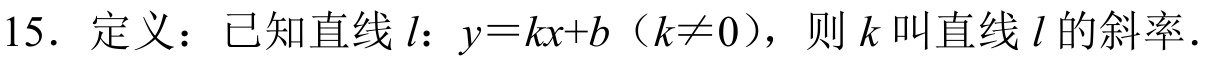
15. 定义：已知直线\(l\)：\(y = kx + b\)（\(k\neq0\)），则\(k\)叫直线\(l\)的斜率．